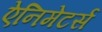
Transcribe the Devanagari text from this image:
ऐनिमेटर्स